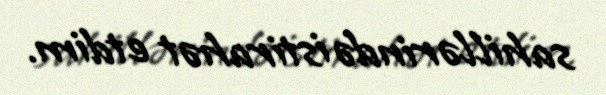
sahillərində istirahət etdim.